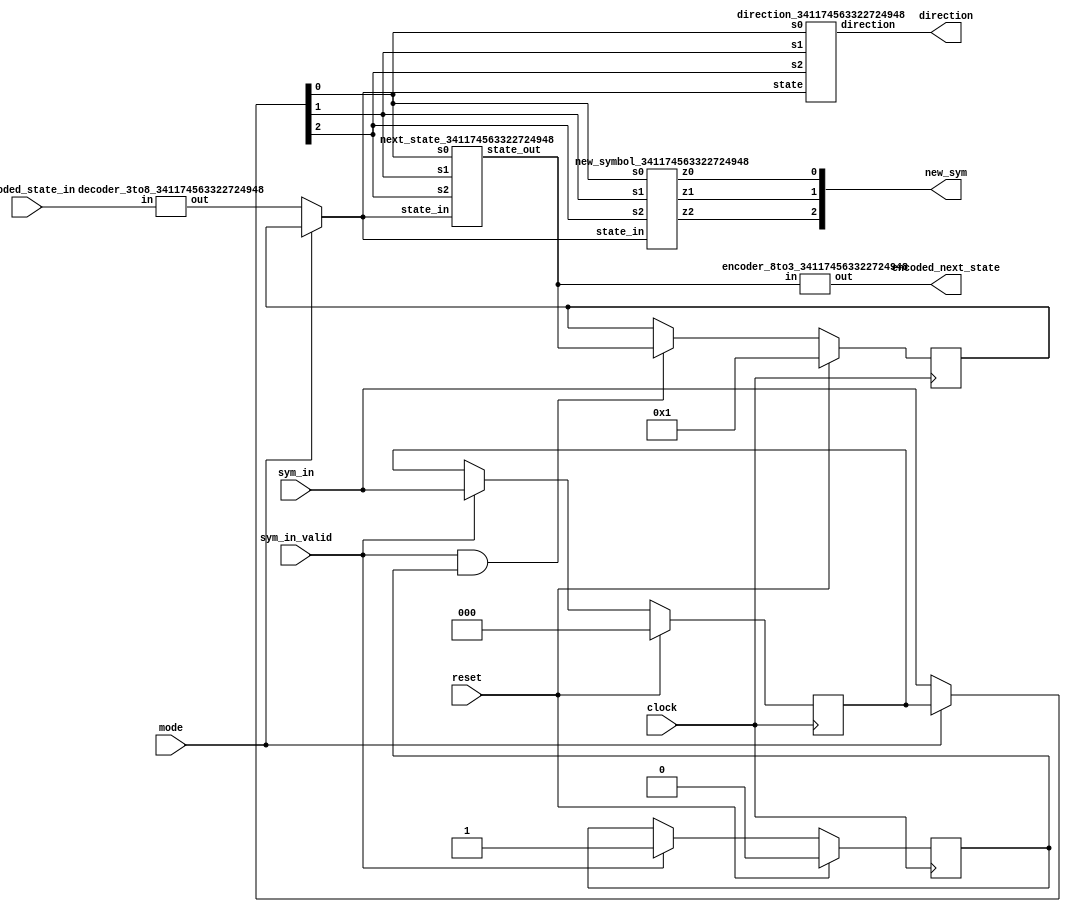
`default_nettype none

module utm_core_341174563322724948(
    input clock,
    input reset,
    input mode,
    input [2:0] encoded_state_in,
    input [2:0] sym_in,
    input sym_in_valid,
    output [2:0] new_sym,
    output direction,
    output [2:0] encoded_next_state
);

reg [7:0] stored_state;
reg [2:0] symbuf;
reg symbuf_valid;

wire [7:0] state_in;
wire [7:0] state;
wire [7:0] next_state;
wire [2:0] sym;

always @(posedge clock) begin
    if (reset) begin
        stored_state <= 8'h01;
    end
    else if (sym_in_valid && symbuf_valid) begin
        stored_state <= next_state;
    end
    else begin
        stored_state <= stored_state;
    end
end

always @(posedge clock) begin
    if (reset) begin
        symbuf <= 3'b0;
    end
    else if (sym_in_valid) begin
        symbuf <= sym_in;
    end
    else begin
        symbuf <= symbuf;
    end
end

always @(posedge clock) begin
    if (reset) begin
        symbuf_valid <= 0;
    end
    else if (sym_in_valid) begin
        symbuf_valid <= 1;
    end
    else begin
        symbuf_valid <= symbuf_valid;
    end
end

decoder_3to8_341174563322724948 decode_state_in(
    .in(encoded_state_in),
    .out(state_in)
);

assign state = (mode == 0) ? state_in : stored_state;
assign sym = (mode == 0) ? sym_in : symbuf;

direction_341174563322724948 direction_block(
    .state(state),
    .s2(sym[2]),
    .s1(sym[1]),
    .s0(sym[0]),
    .direction(direction)
);

next_state_341174563322724948 next_state_block(
    .state_in(state),
    .s2(sym[2]),
    .s1(sym[1]),
    .s0(sym[0]),
    .state_out(next_state));

new_symbol_341174563322724948 new_sym_block(
    .state_in(state),
    .s2(sym[2]),
    .s1(sym[1]),
    .s0(sym[0]),
    .z2(new_sym[2]),
    .z1(new_sym[1]),
    .z0(new_sym[0])
);

encoder_8to3_341174563322724948 encode_state_out(
    .in(next_state),
    .out(encoded_next_state)
);

endmodule
`default_nettype none
module direction_341174563322724948(
    input [7:0] state,
    input s2,
    input s1,
    input s0,
    // 0 = left, 1 = right
    output direction
);

wire a,b,c,d,e,f,g,h;

assign a = state[0];
assign b = state[1];
assign c = state[2];
assign d = state[3];
assign e = state[4];
assign f = state[5];
assign g = state[6];
assign h = state[7];

assign direction = ((a | e | f) & s1)
                 | (((a & s0) | b | c | (e & s0) | f | g | h) & s2)
                 | ((d | (e & (~s1) & (~s0))) & (~s2))
                 | (g & (~s1));
endmodule
`default_nettype none
module next_state_341174563322724948(
    input [7:0] state_in,
    input s2,
    input s1,
    input s0,
    output [7:0] state_out
);

wire a,b,c,d,e,f,g,h;

assign a = state_in[0];
assign b = state_in[1];
assign c = state_in[2];
assign d = state_in[3];
assign e = state_in[4];
assign f = state_in[5];
assign g = state_in[6];
assign h = state_in[7];

wire sym_0;
assign sym_0 = (~s2) & (~s1) & (~s0);

// next H
assign state_out[7] = s2 & ((s0 & (b | c)) | h);

// next G
assign state_out[6] = (s2 & ( ((b | c) & (~s0)) | g)) | (f & s1);

// next F
assign state_out[5] = (e & (~s2) & s0) | (f & (~(s2 | s1))) | (s1 & (g | h));

// next E
assign state_out[4] = (a & s2 & (~s0)) | (d & (~s2) & s0) | (e & (s1 | (s2 & s0)));

// next D
assign state_out[3] = (b & s1) | (d & s2) | (e & (~s1) & (~s0));

// next C
assign state_out[2] = (a & (~s2) & s0) | (c & (~(s2 | s1))) | (d & sym_0);

// next B
assign state_out[1] = (a & sym_0) | (b & (~(s2 | s1))) | (c & s1) | (f & s2);

// next A
assign state_out[0] = (a & (s1 | (s2 & s0))) | (d & s1) | ((g | h) & (~(s2 | s1)));

endmodule
`default_nettype none
module new_symbol_341174563322724948(
    input [7:0] state_in,
    input s2,
    input s1,
    input s0,
    output z2,
    output z1,
    output z0
);

wire a,b,c,d,e,f,g,h;

assign a = state_in[0];
assign b = state_in[1];
assign c = state_in[2];
assign d = state_in[3];
assign e = state_in[4];
assign f = state_in[5];
assign g = state_in[6];
assign h = state_in[7];

assign z2 = ((~s2) & b) | (d & s0) | c | (e & (s0 | s1)) | (f & (~(s2 | s1)));
assign z1 = (a & (~s2)) | (d & (s2 | s1) & (~s0)) | (e & s2 & (~s0));
assign z0 = (s0 & ((a & s2) | (~a))) | (h & s1);

endmodule
module decoder_3to8_341174563322724948(
    input [2:0] in,
    output [7:0] out
);

assign out[0] = (~in[2]) & (~in[1]) & (~in[0]);
assign out[1] = (~in[2]) & (~in[1]) & ( in[0]);
assign out[2] = (~in[2]) & ( in[1]) & (~in[0]);
assign out[3] = (~in[2]) & ( in[1]) & ( in[0]);
assign out[4] = ( in[2]) & (~in[1]) & (~in[0]);
assign out[5] = ( in[2]) & (~in[1]) & ( in[0]);
assign out[6] = ( in[2]) & ( in[1]) & (~in[0]);
assign out[7] = ( in[2]) & ( in[1]) & ( in[0]);

endmodule
module encoder_8to3_341174563322724948(
    input [7:0] in,
    output [2:0] out
);

assign out[0] = in[1] | in[3] | in[5] | in[7];
assign out[1] = in[2] | in[3] | in[6] | in[7];
assign out[2] = in[4] | in[5] | in[6] | in[7];
endmodule
`default_nettype none

module user_module_341174563322724948(
  input [7:0] io_in,
  output [7:0] io_out
);

wire mode;
wire clock;
wire reset;

wire direction;

wire sym_valid;
wire [2:0] sym_in;
wire [2:0] new_sym;

// 1-hot state in & out
wire [7:0] state_in;
wire [7:0] state_out;

// 3-bit dense encoding of state in & out
wire [2:0] encoded_state_in;
wire [2:0] encoded_state_out;

assign mode = io_in[7];
assign clock = io_in[0];
assign reset = (mode == 0) ? 1'b1 : io_in[1];

assign encoded_state_in = (mode == 0) ? io_in[3:1] : 3'b0;
assign io_out[7:5] = encoded_state_out;

assign sym_valid = (mode == 0) ? 1'b0 : io_in[2];
assign sym_in = io_in[6:4];
assign io_out[4:2] = new_sym;

assign io_out[1] = direction;
assign io_out[0] = 1'b0;

utm_core_341174563322724948 core(
    .clock(clock),
    .reset(reset),
    .mode(mode),
    .encoded_state_in(encoded_state_in),
    .sym_in(sym_in),
    .sym_in_valid(sym_valid),
    .new_sym(new_sym),
    .direction(direction),
    .encoded_next_state(encoded_state_out)
);

endmodule